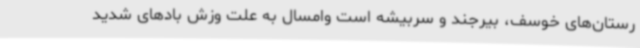
رستان‌های خوسف، بیرجند و سربیشه است وامسال به علت وزش بادهای شدید